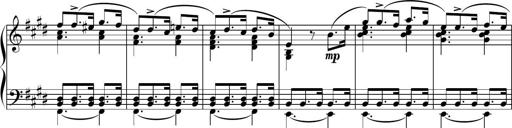
Title: Sonatine basque
Composer: Louis Sauter